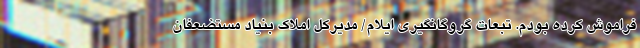
فراموش کرده بودم. تبعات گروگانگیری ایلام/ مدیرکل املاک بنیاد مستضعفان